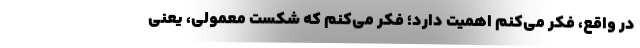
در واقع، فکر می‌کنم اهمیت دارد؛ فکر می‌کنم که شکستِ معمولی، یعنی